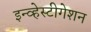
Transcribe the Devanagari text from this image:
इन्व्हेस्टीगेशन